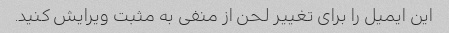
این ایمیل را برای تغییر لحن از منفی به مثبت ویرایش کنید.